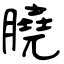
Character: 膮